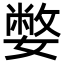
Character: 嫳